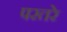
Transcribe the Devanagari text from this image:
परतरे